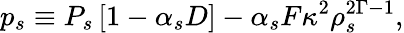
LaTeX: p_{s}\equiv P_{s}\left[1-\alpha_{s}D\right]-\alpha_{s}F\kappa^{2}\rho_{s}^{2\Gamma-1},